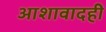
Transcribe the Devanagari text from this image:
आशावादही